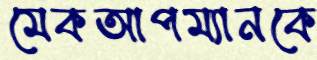
মেকআপম্যানকে